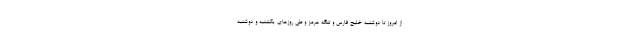
از امروز تا دوشنبه خلیج فارس و تنگه هرمز و طی روزهای یکشنبه و دوشنبه